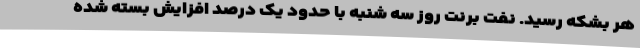
هر بشکه رسید. نفت برنت روز سه شنبه با حدود یک درصد افزایش بسته شده